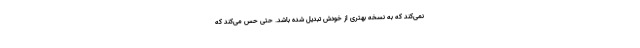
نمی‌کند که به نسخهٔ بهتری از خودش تبدیل شده باشد. حتی حس می‌کند که